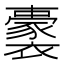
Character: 𧞢